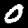
Digit: 0